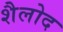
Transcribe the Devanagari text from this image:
शैलोद